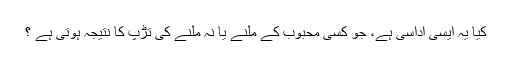
کیا یہ ایسی اداسی ہے، جو کسی محبوب کے ملنے یا نہ ملنے کی تڑپ کا نتیجہ ہوتی ہے ؟